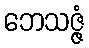
ဘေသဇ္ဇံ